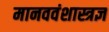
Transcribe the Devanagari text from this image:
मानववंशास्त्रज्ञ